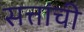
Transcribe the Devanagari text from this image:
सत्तांची